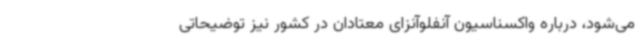
می‌شود، درباره واکسناسیون آنفلوآنزای معتادان در کشور نیز توضیحاتی